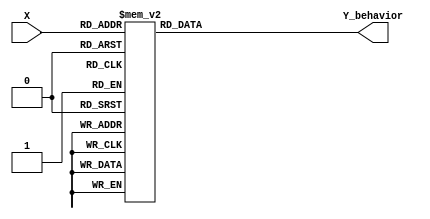
module ssd_b (
input [4-1:0] X,
output reg [7-1:0] Y_behavior
);

// Write verilog(.v) code that converts decimal number (4bits) into 7 segments representation(7bits)
// You must write verilog code in 'behavioural level'

always @ (X) // If the value of input 'X' changes
begin
	case(X)
		// Example
		4'b0000: Y_behavior = 7'b0111111; // If the value of input 'X' is 4'b0000
		/* Fill the below  */
		4'b0001: Y_behavior = 7'b0110000; // If the value of input 'X' is 4'b0001 d1
		4'b0010: Y_behavior = 7'b1011011; // If the value of input 'X' is 4'b0010 d2
		4'b0011: Y_behavior = 7'b1111001; // If the value of input 'X' is 4'b0011 d3
		4'b0100: Y_behavior = 7'b1110100; // If the value of input 'X' is 4'b0100 d4
		4'b0101: Y_behavior = 7'b1101101; // If the value of input 'X' is 4'b0101 d5
		4'b0110: Y_behavior = 7'b1100111; // If the value of input 'X' is 4'b0110 d6
		4'b0111: Y_behavior = 7'b0111000; // If the value of input 'X' is 4'b0111 d7
		4'b1000: Y_behavior = 7'b1111111; // If the value of input 'X' is 4'b1000 d8
		4'b1001: Y_behavior = 7'b1111100; // If the value of input 'X' is 4'b1001 d5
		/* Fill the above  */		
		default: Y_behavior = 7'bxxxxxxx; // Don't care condition
	endcase
end

endmodule